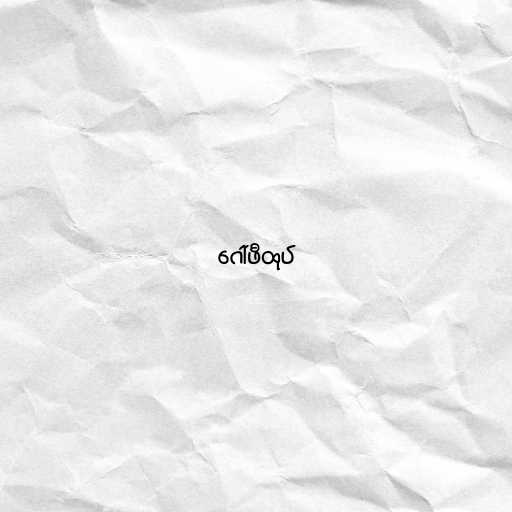
ဂေါ်ဖီထုပ်